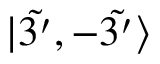
| \Tilde { 3 ^ { \prime } } , - \Tilde { 3 ^ { \prime } } \rangle